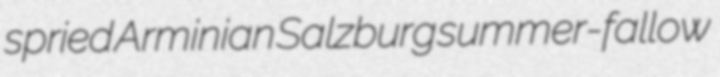
spried Arminian Salzburg summer-fallow